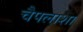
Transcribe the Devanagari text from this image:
चैपलाशा